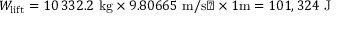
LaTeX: W _ { \mathrm { { l i f t } } } = 1 0 \, 3 3 2 . 2 ~ { \mathrm { k g } } \times 9 . 8 0 6 6 5 ~ { \mathrm { m / s � } } \times 1 { \mathrm { m } } = 1 0 1 , 3 2 4 { \mathrm { ~ J } }